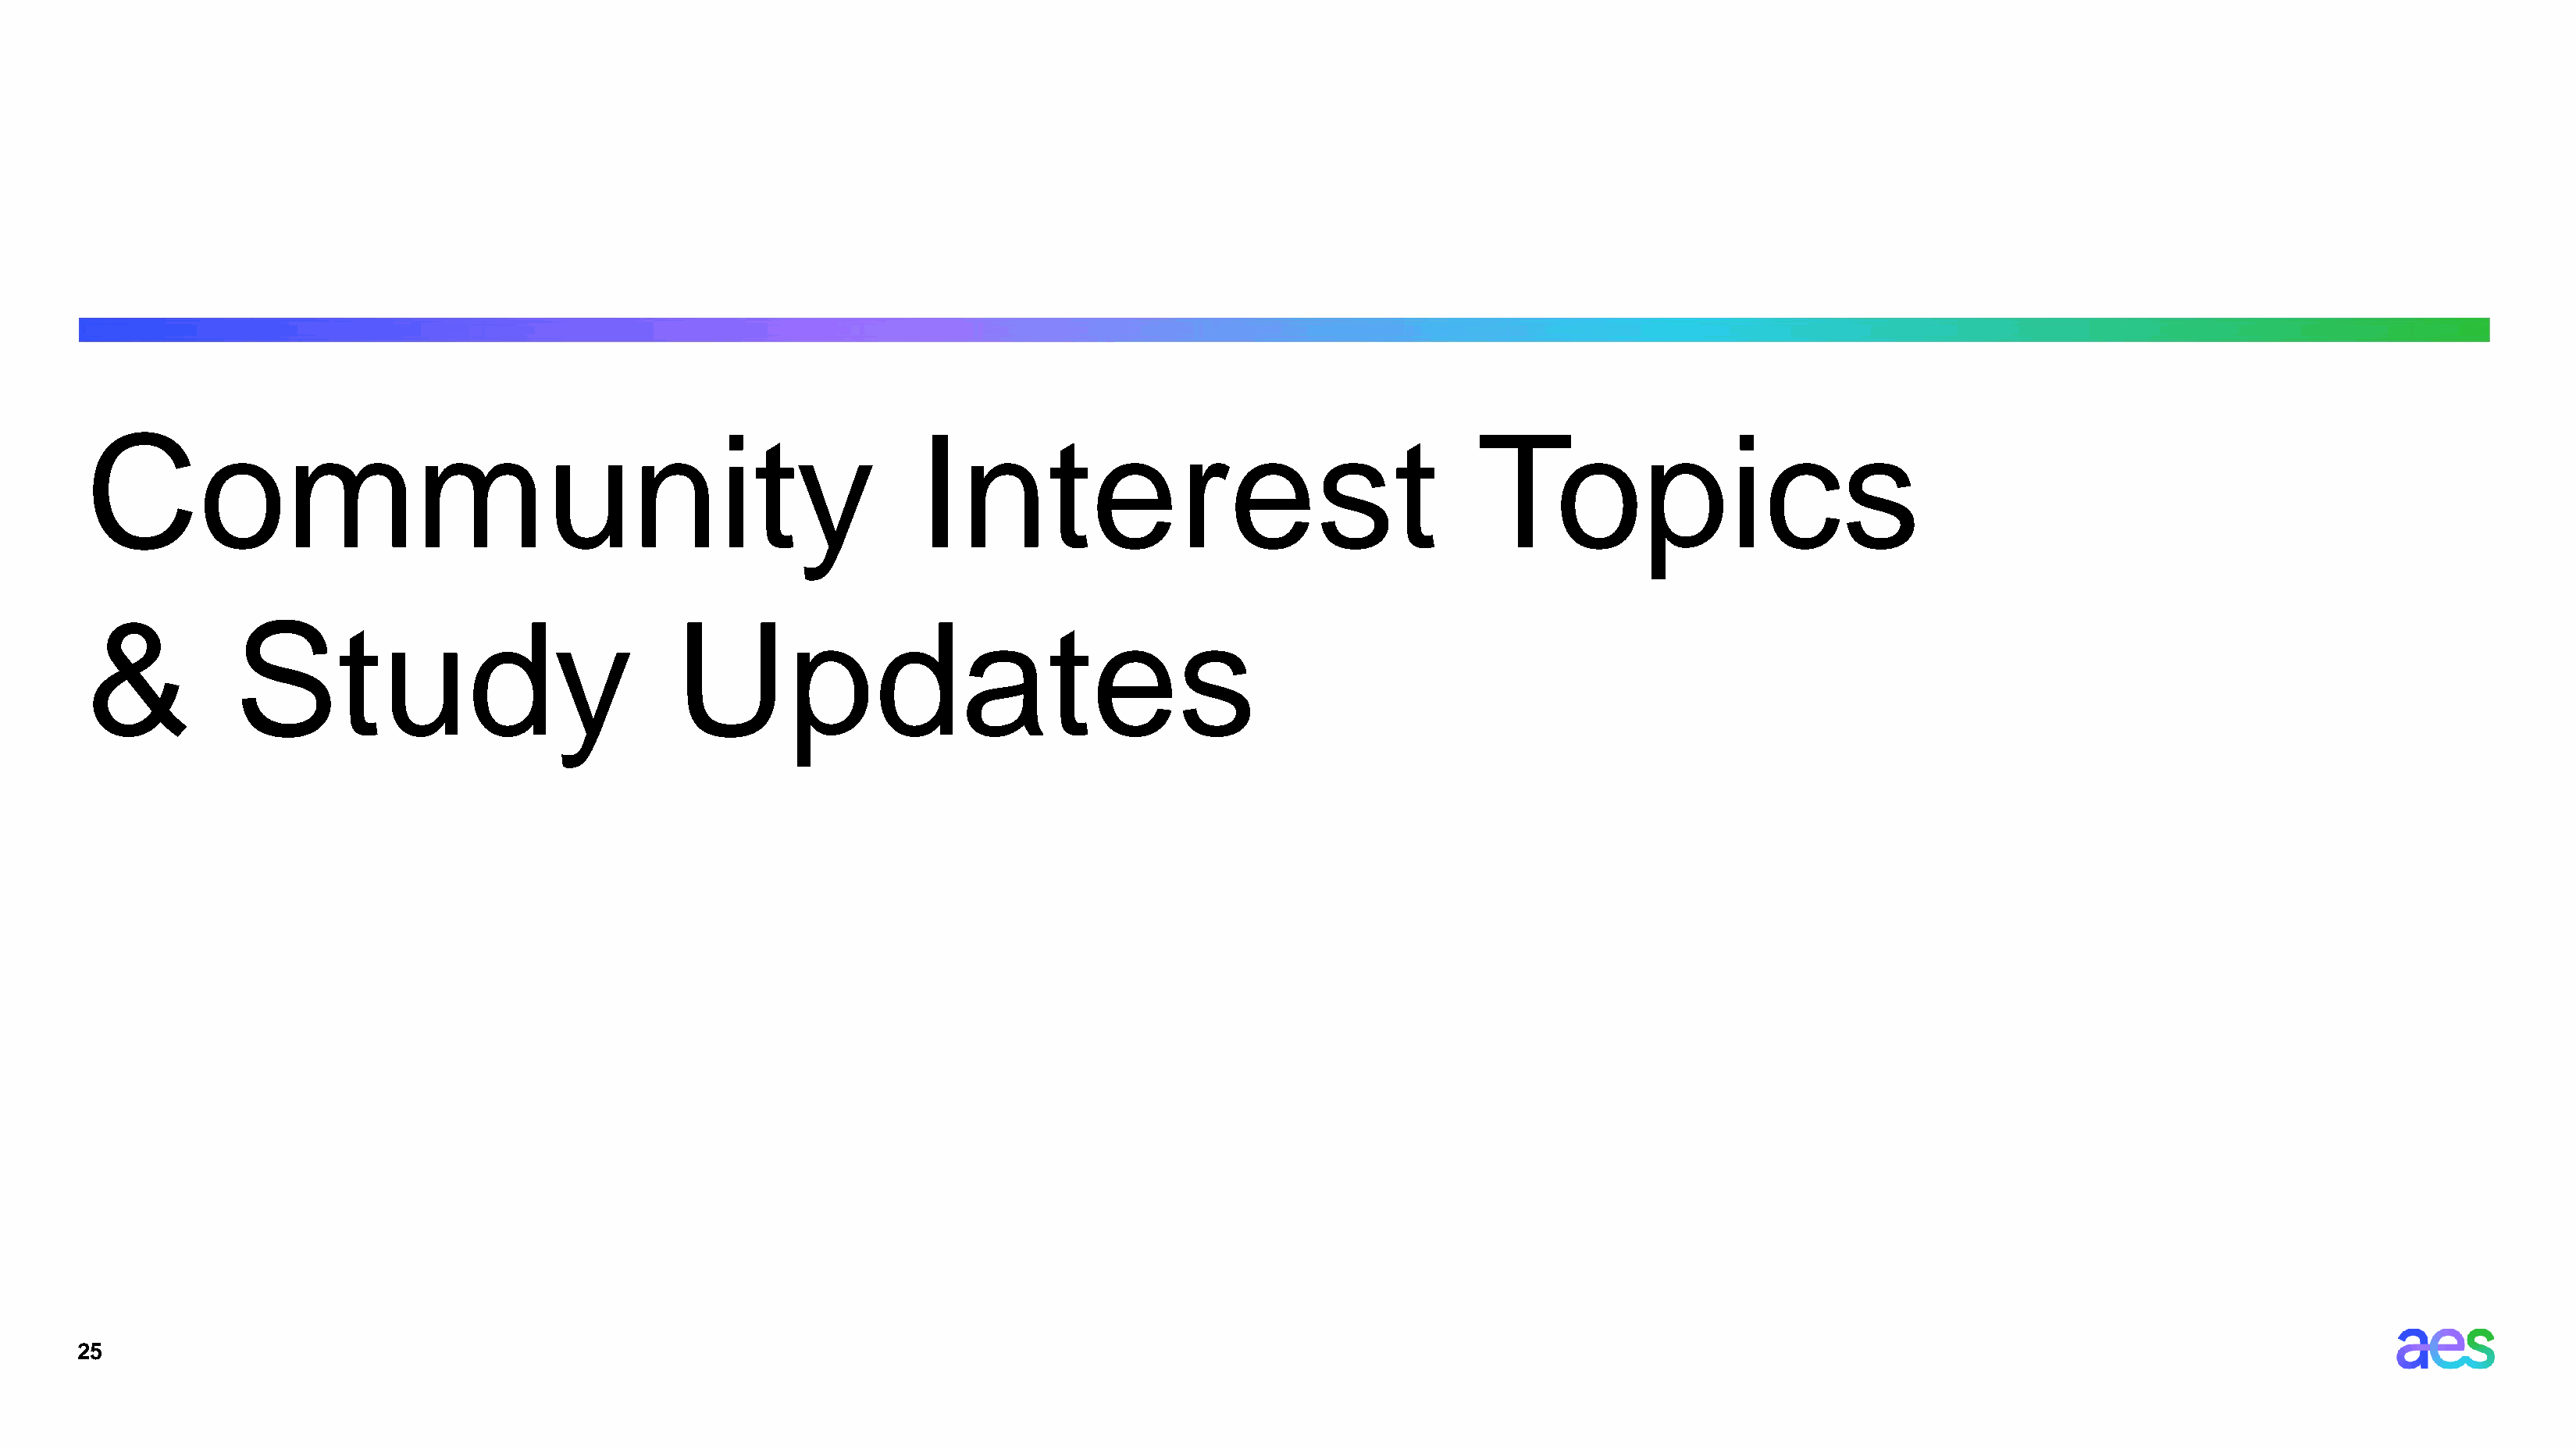
Community                                                              Interest                                       Topics
 &            Study                                Updates
 25